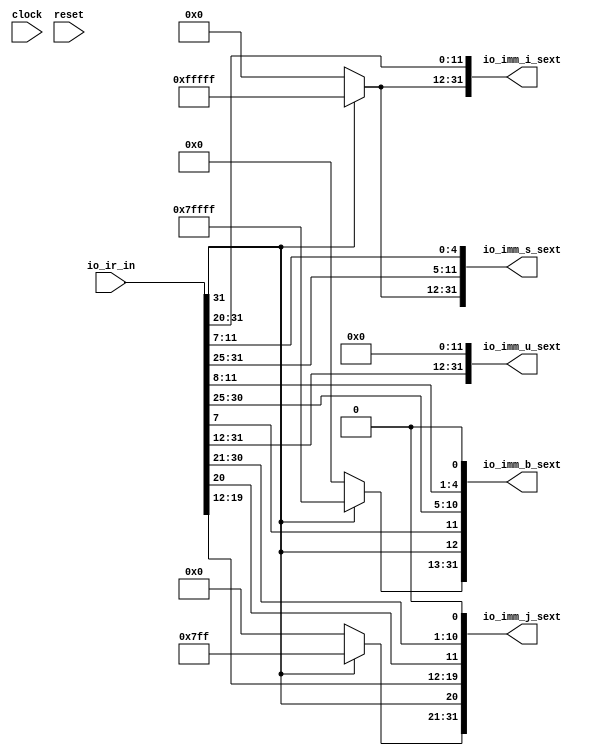
`ifdef RANDOMIZE_GARBAGE_ASSIGN
`define RANDOMIZE
`endif
`ifdef RANDOMIZE_INVALID_ASSIGN
`define RANDOMIZE
`endif
`ifdef RANDOMIZE_REG_INIT
`define RANDOMIZE
`endif
`ifdef RANDOMIZE_MEM_INIT
`define RANDOMIZE
`endif

module imm_ext(
  input   clock,
  input   reset,
  input  [31:0] io_ir_in,
  output [31:0] io_imm_i_sext,
  output [31:0] io_imm_s_sext,
  output [31:0] io_imm_b_sext,
  output [31:0] io_imm_u_sext,
  output [31:0] io_imm_j_sext
);
  wire [11:0] imm_i;
  wire [6:0] _T_14;
  wire [4:0] _T_15;
  wire [11:0] imm_s;
  wire  _T_16;
  wire  _T_17;
  wire [5:0] _T_18;
  wire [3:0] _T_19;
  wire [9:0] _T_20;
  wire [1:0] _T_21;
  wire [11:0] imm_b;
  wire [19:0] imm_u;
  wire [7:0] _T_23;
  wire  _T_24;
  wire [9:0] _T_25;
  wire [10:0] _T_26;
  wire [8:0] _T_27;
  wire [19:0] imm_j;
  wire  _T_28;
  wire [19:0] _T_32;
  wire [31:0] _T_33;
  wire  _T_34;
  wire [19:0] _T_38;
  wire [31:0] _T_39;
  wire  _T_40;
  wire [18:0] _T_44;
  wire [30:0] _T_46;
  wire [31:0] _T_47;
  wire [31:0] _T_53;
  wire  _T_54;
  wire [10:0] _T_58;
  wire [30:0] _T_60;
  wire [31:0] _T_61;
  assign io_imm_i_sext = _T_33;
  assign io_imm_s_sext = _T_39;
  assign io_imm_b_sext = _T_47;
  assign io_imm_u_sext = _T_53;
  assign io_imm_j_sext = _T_61;
  assign imm_i = io_ir_in[31:20];
  assign _T_14 = io_ir_in[31:25];
  assign _T_15 = io_ir_in[11:7];
  assign imm_s = {_T_14,_T_15};
  assign _T_16 = io_ir_in[31];
  assign _T_17 = io_ir_in[7];
  assign _T_18 = io_ir_in[30:25];
  assign _T_19 = io_ir_in[11:8];
  assign _T_20 = {_T_18,_T_19};
  assign _T_21 = {_T_16,_T_17};
  assign imm_b = {_T_21,_T_20};
  assign imm_u = io_ir_in[31:12];
  assign _T_23 = io_ir_in[19:12];
  assign _T_24 = io_ir_in[20];
  assign _T_25 = io_ir_in[30:21];
  assign _T_26 = {_T_24,_T_25};
  assign _T_27 = {_T_16,_T_23};
  assign imm_j = {_T_27,_T_26};
  assign _T_28 = imm_i[11];
  assign _T_32 = _T_28 ? 20'hfffff : 20'h0;
  assign _T_33 = {_T_32,imm_i};
  assign _T_34 = imm_s[11];
  assign _T_38 = _T_34 ? 20'hfffff : 20'h0;
  assign _T_39 = {_T_38,imm_s};
  assign _T_40 = imm_b[11];
  assign _T_44 = _T_40 ? 19'h7ffff : 19'h0;
  assign _T_46 = {_T_44,imm_b};
  assign _T_47 = {_T_46,1'h0};
  assign _T_53 = {imm_u,12'h0};
  assign _T_54 = imm_j[19];
  assign _T_58 = _T_54 ? 11'h7ff : 11'h0;
  assign _T_60 = {_T_58,imm_j};
  assign _T_61 = {_T_60,1'h0};
endmodule